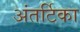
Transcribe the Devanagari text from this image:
अंतर्टिका